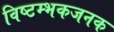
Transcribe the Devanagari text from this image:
विष्टम्भकजनक